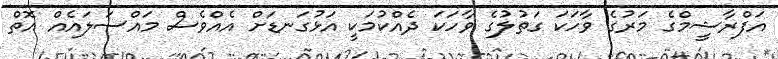
އަފްރާޝީމްގެ މަރުގެ ވާހަކަ ގަތުލުގެ ވާހަކަ ދެއްކުމަކީ އަޅުގަނޑަށް އެއްވެސް މައްސަލައެއް އޮތް